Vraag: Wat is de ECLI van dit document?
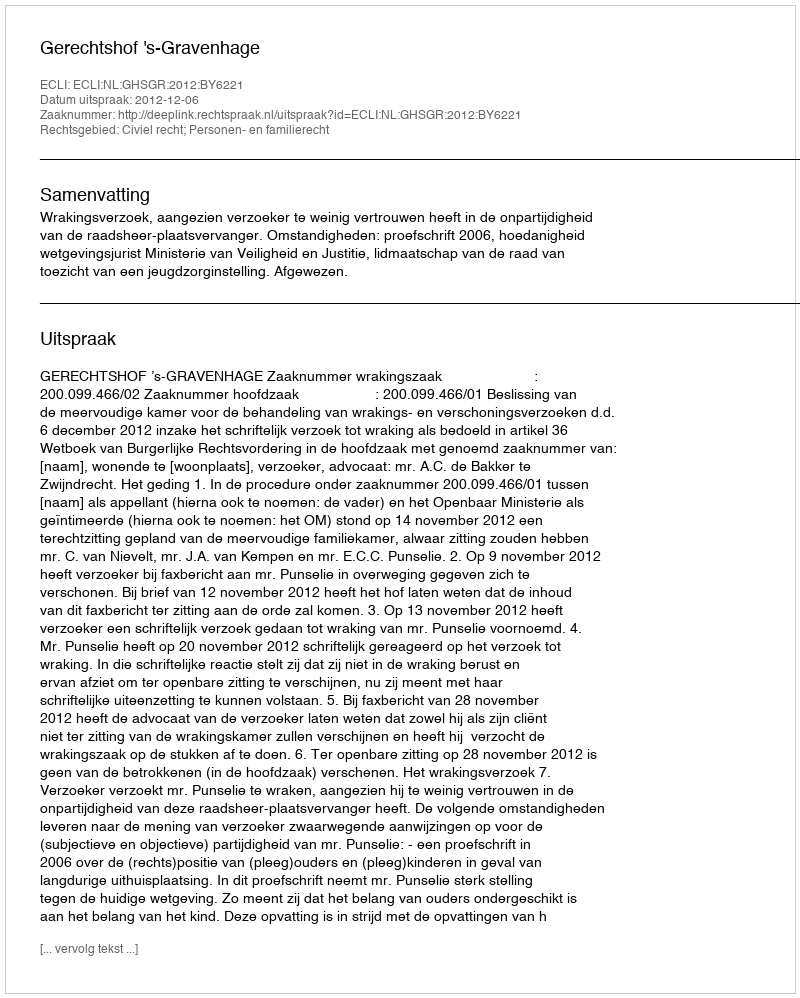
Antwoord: ECLI:NL:GHSGR:2012:BY6221